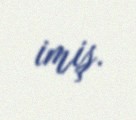
imiş.